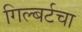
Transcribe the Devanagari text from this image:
गिल्बर्टचा